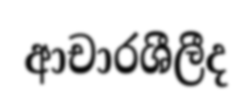
ආචාරශීලීද